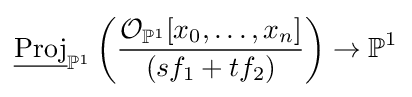
{\underline {\operatorname {Proj} }}_{\mathbb {P} ^{1}}\left({\frac {{\mathcal {O}}_{\mathbb {P} ^{1}}[x_{0},\ldots ,x_{n}]}{(sf_{1}+tf_{2})}}\right)\to \mathbb {P} ^{1}